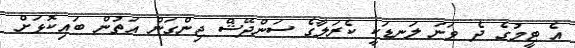
އެ ޓީމުގެ ދެ ވަނަ ލަނޑަކީ ކެރަލާގެ ސަންދޭޝް ޖިންގަން އަތުން ބައިކޮޅަށް